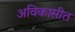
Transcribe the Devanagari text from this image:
अविकासीत